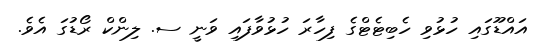
އައްޑޫގައި ހުޅުވި ހެބިޓެޓްގެ ފިހާރަ ހުޅުވާފައި ވަނީ ސ. ލިންކް ރޯޑުގަ އެވެ.